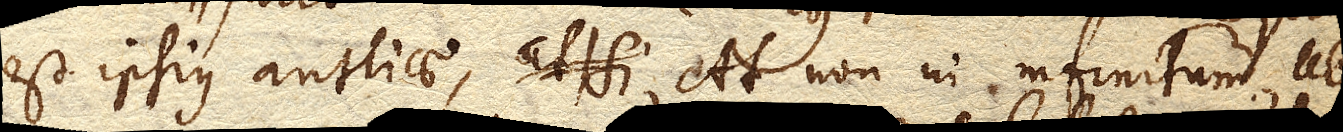
est ipsius antliae. At non in infinitum, ubi